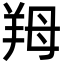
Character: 䍭